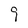
Character: g